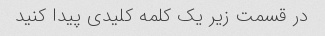
در قسمت زیر یک کلمه کلیدی پیدا کنید